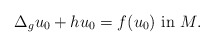
\begin{align*}\Delta_g u_0+h u_0=f(u_0)\hbox{ in }M.\end{align*}